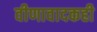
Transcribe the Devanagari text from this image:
वीणावादकही